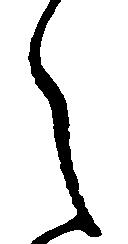
之